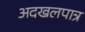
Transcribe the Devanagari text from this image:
अदखलपात्र